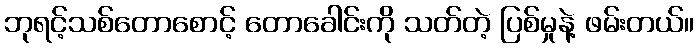
ဘုရင့်သစ်တောစောင့် တောခေါင်းကို သတ်တဲ့ ပြစ်မှုနဲ့ ဖမ်းတယ်။